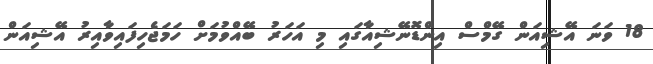
18 ވަނަ އޭޝިއަން ގޭމްސް އިންޑޮނޭޝިއާގައި މި އަހަރު ބޭއްވުމަށް ހަމަޖެހިފައިވާއިރު އޭޝިއަން